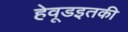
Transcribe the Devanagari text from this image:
हेवूडइतकी